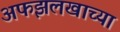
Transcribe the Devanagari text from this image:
अफझलखाच्या